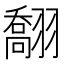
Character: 䎗